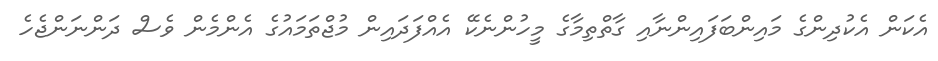
އެކަން އެކުދިންގެ މައިންބަފައިންނާއި ގާތްތިމާގެ މީހުންނެކޭ އެއްފަދައިން މުޖްތަމައުގެ އެންމެން ވެސް ދަންނަންޖެހެ